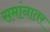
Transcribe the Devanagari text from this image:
समांनातर